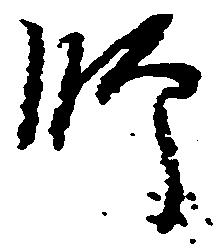
師